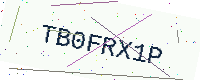
Text: TB0FRX1P